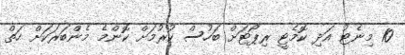
10 މިނެޓު އަދި ކޮމެޓީ ރިޕޯޓަށް ބަހުސް ކުރުމަށް ކޮންމެ މެންބަރަކަށް ހަތް